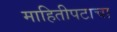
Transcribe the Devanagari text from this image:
माहितीपटाचा